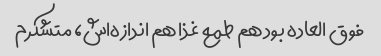
فوق العاده بود هم طمع غذا هم اندازه‌اش، متشکرم